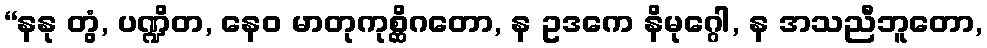
“နနု တွံ, ပဏ္ဍိတ, နေဝ မာတုကုစ္ဆိဂတော, န ဥဒကေ နိမုဂ္ဂေါ, န အသညီဘူတော,